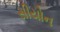
સીયોન